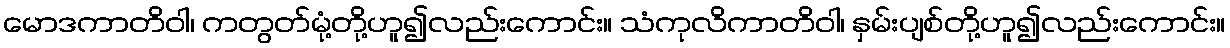
မောဒကာတိဝါ၊ ကတွတ်မုံ့တို့ဟူ၍လည်းကောင်း။ သံကုလိကာတိဝါ၊ နှမ်းပျစ်တို့ဟူ၍လည်းကောင်း။